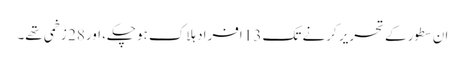
ان سطور کے تحریر کرنے تک 13 افراد ہلاک ہوچکے، اور28 زخمی تھے۔